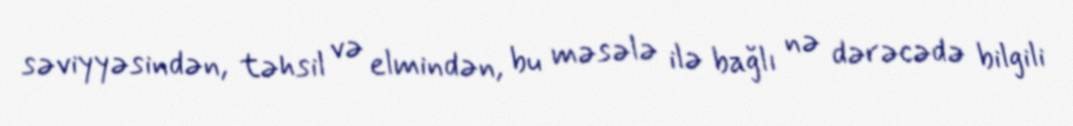
səviyyəsindən, təhsil və elmindən, bu məsələ ilə bağlı nə dərəcədə bilgili